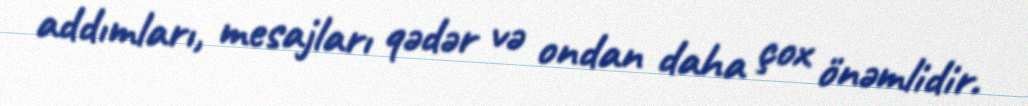
addımları, mesajları qədər və ondan daha çox önəmlidir.